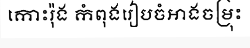
កោះរ៉ុង កំពុងរៀបចំអាងចម្រុះ